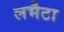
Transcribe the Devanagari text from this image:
लभैटा